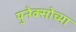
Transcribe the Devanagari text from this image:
युनेक्सोच्या